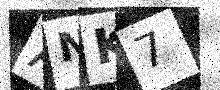
Text: ANK7